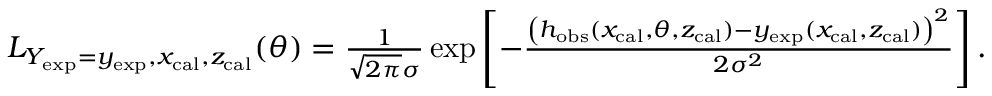
\begin{array} { r } { L _ { Y _ { \mathrm { e x p } } = y _ { \mathrm { e x p } } , x _ { \mathrm { c a l } } , z _ { \mathrm { c a l } } } ( \theta ) = \frac { 1 } { \sqrt { 2 \pi } \sigma } \exp \left[ - \frac { \left( h _ { \mathrm { o b s } } ( x _ { \mathrm { c a l } } , \theta , z _ { \mathrm { c a l } } ) - y _ { \mathrm { e x p } } ( x _ { \mathrm { c a l } } , z _ { \mathrm { c a l } } ) \right) ^ { 2 } } { 2 \sigma ^ { 2 } } \right] . } \end{array}